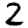
Digit: 2